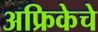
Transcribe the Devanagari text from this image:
अफ्रिकेचे